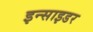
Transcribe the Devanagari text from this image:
इन्साइडर